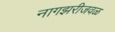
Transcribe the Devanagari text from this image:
नागझरीजवळ